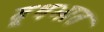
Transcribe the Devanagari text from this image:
दूधभात